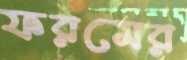
ফরমের